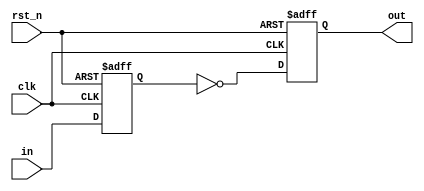
`timescale 1ns/1ps

module not_with_dff (
    clk,
    rst_n,
    in,
    out
);

  input clk;
  input rst_n;
  input in;
  output out;

  reg sig1;
  wire sig2;
  reg sig3;

  always @(posedge clk or negedge rst_n)
  begin
    if (!rst_n) begin
      sig1 <= 1'b0;
    end
    else begin
      sig1 <= #0.1 in;
    end
  end

  assign #0.1 sig2 = ~sig1;

  always @(posedge clk or negedge rst_n)
  begin
    if (!rst_n) begin
      sig3 <= 1'b0;
    end
    else begin
      sig3 <= #0.1 sig2;
    end
  end

  assign out = sig3;

endmodule